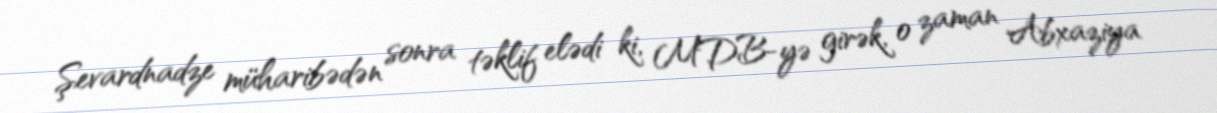
Şevardnadze müharibədən sonra təklif elədi ki, MDB-yə girək, o zaman Abxaziya